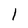
Character: 1